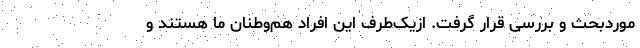
موردبحث و بررسی قرار گرفت. ازیک‌طرف این افراد هم‌وطنان ما هستند و